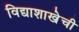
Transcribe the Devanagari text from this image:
विद्याशाखेची